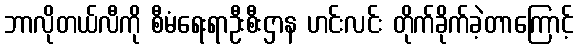
ဘာလိုတယ်လီကို စီမံရေးရာဦးစီးဌာန ဟင်းလင်း တိုက်ခိုက်ခဲ့တာကြောင့်